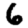
Digit: 6